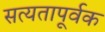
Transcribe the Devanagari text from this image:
सत्यतापूर्वक